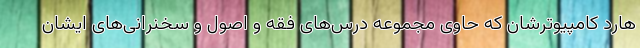
هارد کامپیوترشان که حاوی مجموعه درس‌های فقه و اصول و سخنرانی‌های ایشان